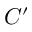
C ^ { \prime }